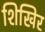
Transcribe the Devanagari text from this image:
शिखिर